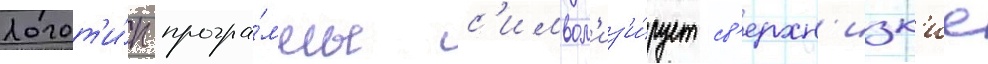
Логот'и́п програ́ммы с'имвол'из'и́рует св'ерхн'изк'ие